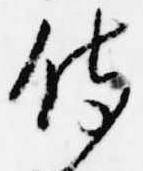
侍